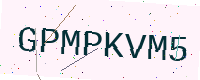
Text: GPMPKVM5